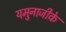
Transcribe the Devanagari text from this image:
यमुनाजीके